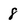
Character: 8